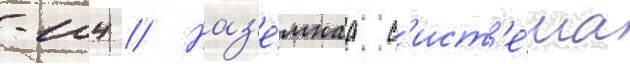
-104 // Наз'е́мнаа с'ист'е́ма